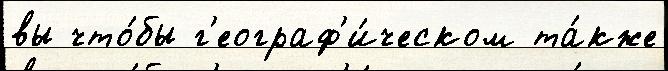
вы что́бы г'еограф'и́ческом та́кже